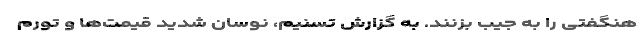
هنگفتی را به جیب بزنند. به گزارش تسنیم، نوسان شدید قیمت‌ها و تورم